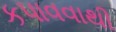
કપાવવાથી